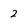
Character: 2